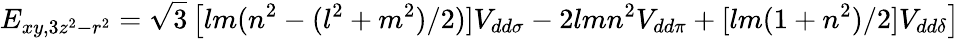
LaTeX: E_{xy,3z^{2}-r^{2}}={\sqrt{3}}\left[lm(n^{2}-(l^{2}+m^{2})/2)]V_{dd\sigma}-2lmn^{2}V_{dd\pi}+[lm(1+n^{2})/2]V_{dd\delta}\right]